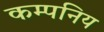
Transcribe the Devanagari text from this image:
कम्पनिय